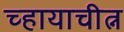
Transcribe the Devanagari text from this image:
च्हायाचीत्न